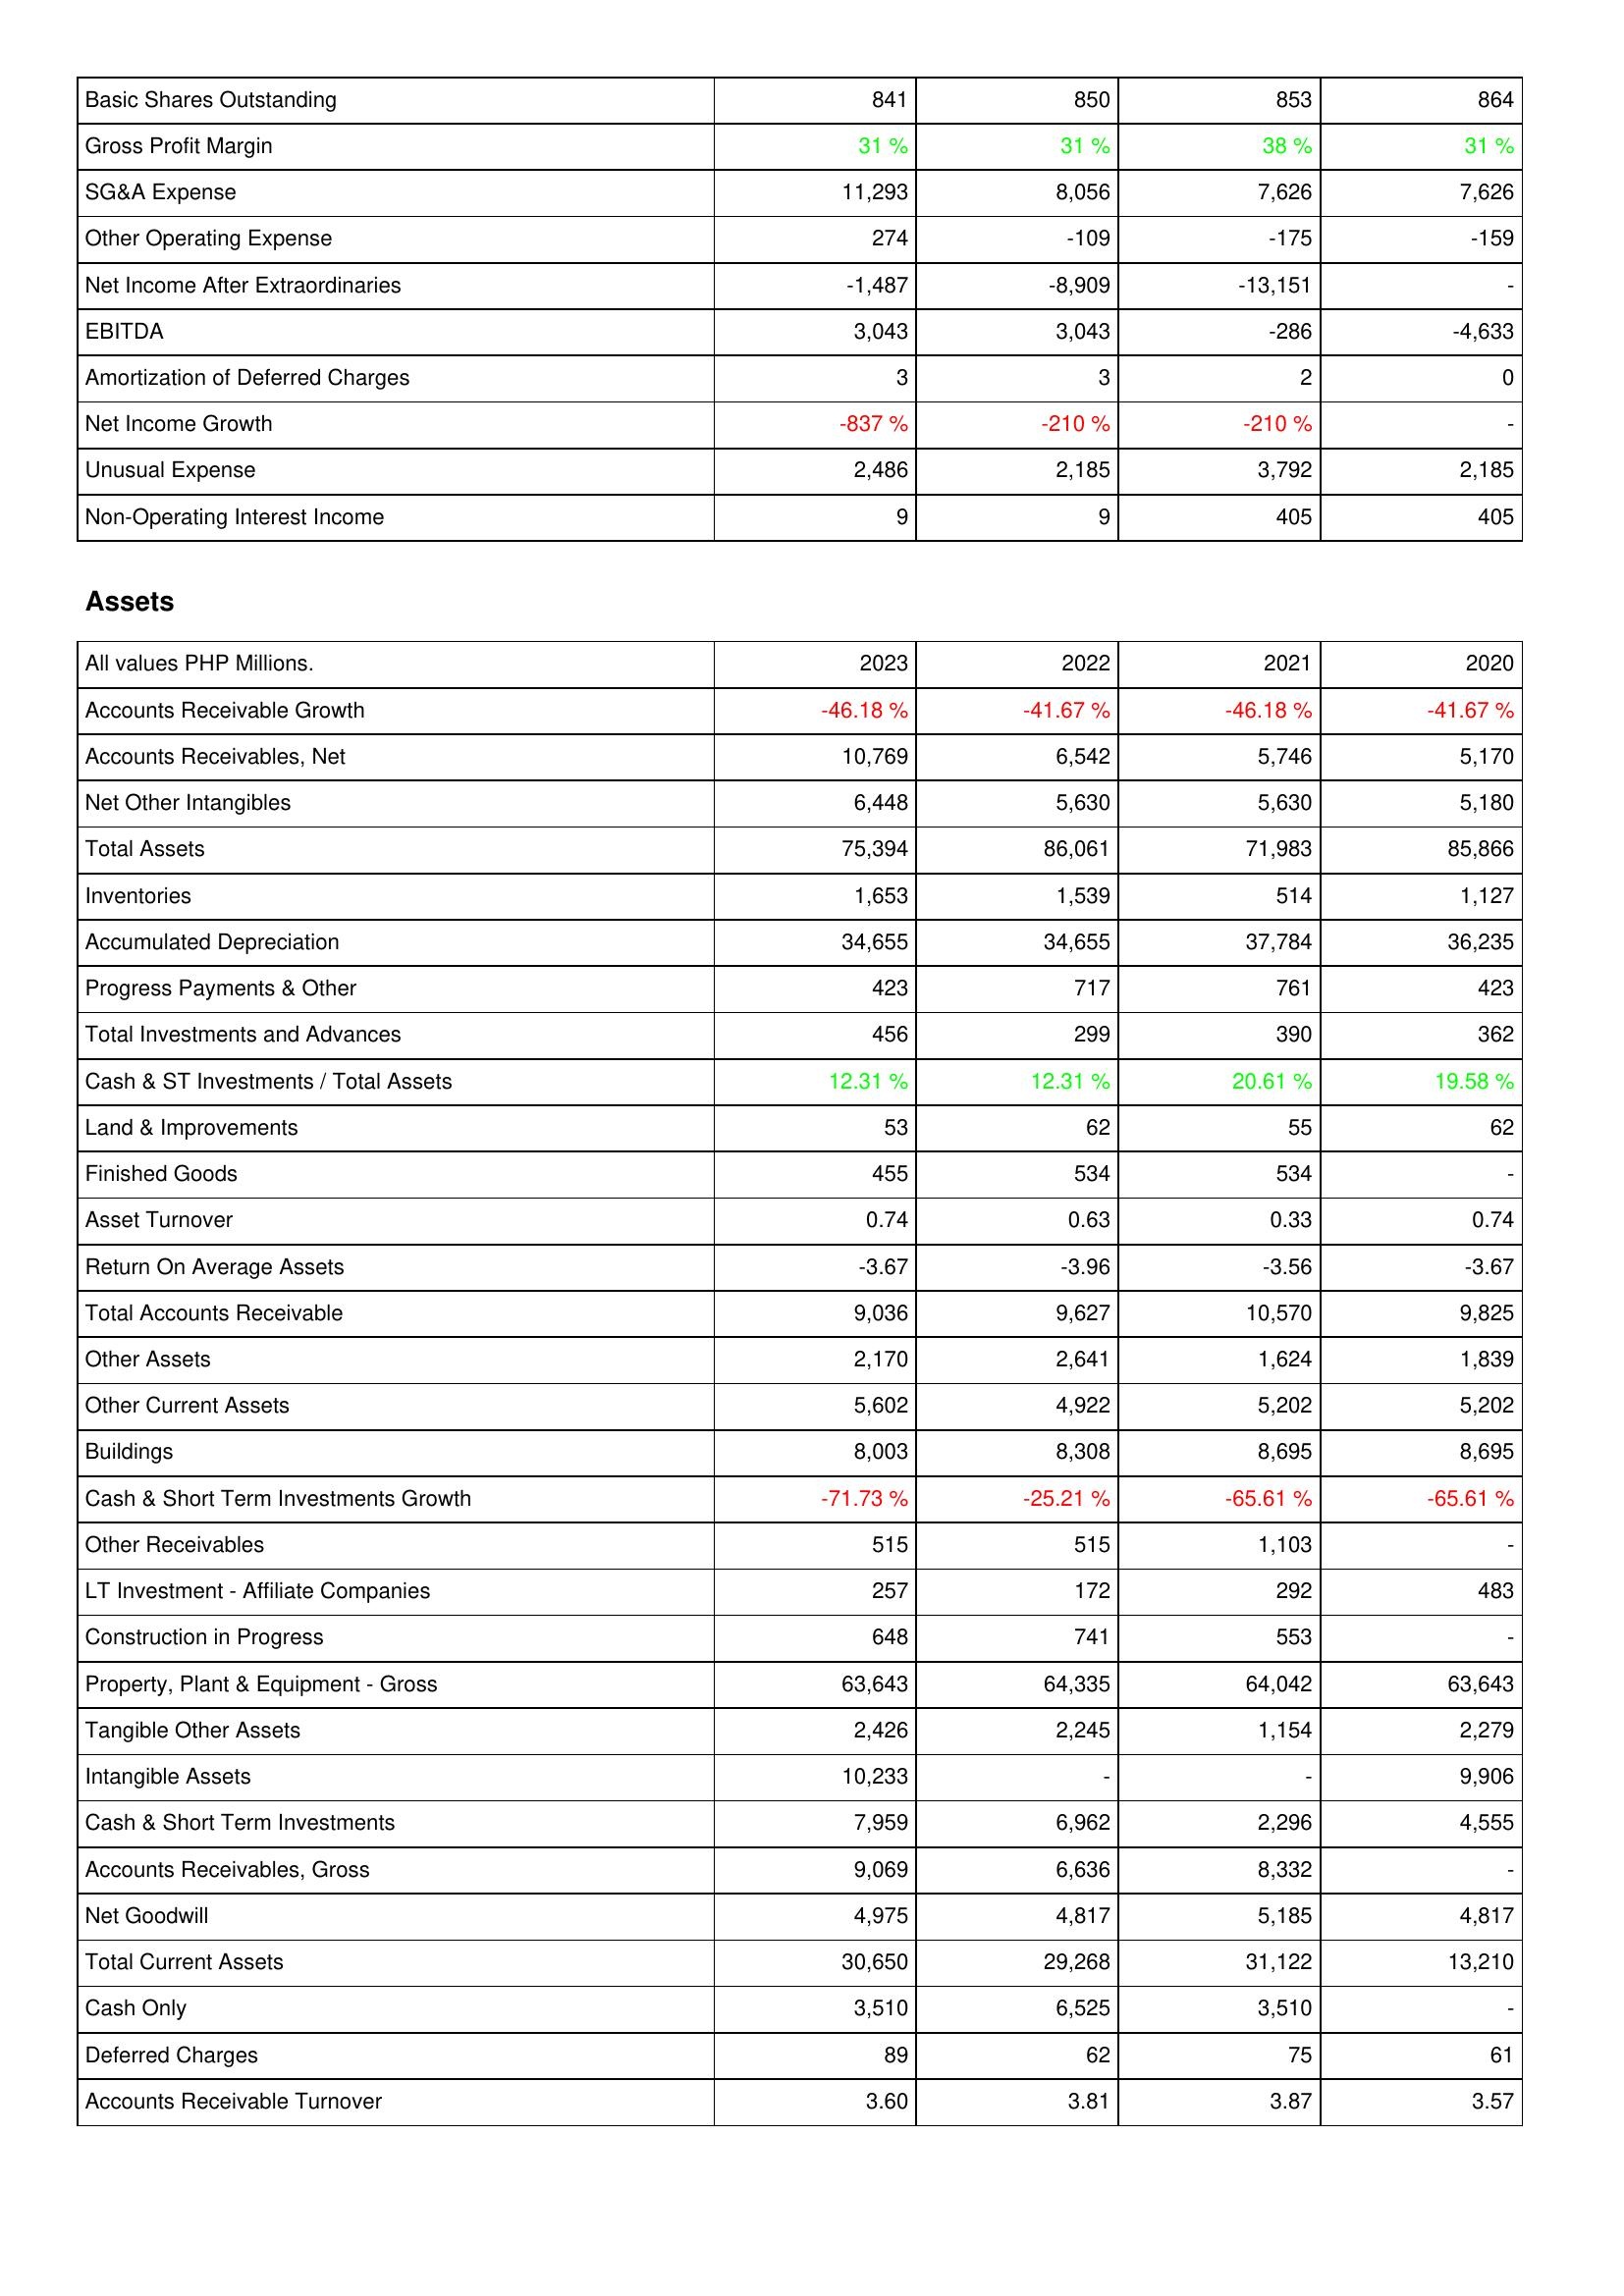
2023: Income Statement: Basic Shares Outstanding: 841
Gross Profit Margin: 31 %
SG&A Expense: 11,293
Other Operating Expense: 274
Net Income After Extraordinaries: -1,487
EBITDA: 3,043
Amortization of Deferred Charges: 3
Net Income Growth: -837 %
Unusual Expense: 2,486
Non-Operating Interest Income: 9
Assets: Accounts Receivable Growth: -46.18 %
Accounts Receivables, Net: 10,769
Net Other Intangibles: 6,448
Total Assets: 75,394
Inventories: 1,653
Accumulated Depreciation: 34,655
Progress Payments & Other: 423
Total Investments and Advances: 456
Cash & ST Investments / Total Assets: 12.31 %
Land & Improvements: 53
Finished Goods: 455
Asset Turnover: 0.74
Return On Average Assets: -3.67
Total Accounts Receivable: 9,036
Other Assets: 2,170
Other Current Assets: 5,602
Buildings: 8,003
Cash & Short Term Investments Growth: -71.73 %
Other Receivables: 515
LT Investment - Affiliate Companies: 257
Construction in Progress: 648
Property, Plant & Equipment - Gross: 63,643
Tangible Other Assets: 2,426
Intangible Assets: 10,233
Cash & Short Term Investments: 7,959
Accounts Receivables, Gross: 9,069
Net Goodwill: 4,975
Total Current Assets: 30,650
Cash Only: 3,510
Deferred Charges: 89
Accounts Receivable Turnover: 3.60
2022: Income Statement: Basic Shares Outstanding: 850
Gross Profit Margin: 31 %
SG&A Expense: 8,056
Other Operating Expense: -109
Net Income After Extraordinaries: -8,909
EBITDA: 3,043
Amortization of Deferred Charges: 3
Net Income Growth: -210 %
Unusual Expense: 2,185
Non-Operating Interest Income: 9
Assets: Accounts Receivable Growth: -41.67 %
Accounts Receivables, Net: 6,542
Net Other Intangibles: 5,630
Total Assets: 86,061
Inventories: 1,539
Accumulated Depreciation: 34,655
Progress Payments & Other: 717
Total Investments and Advances: 299
Cash & ST Investments / Total Assets: 12.31 %
Land & Improvements: 62
Finished Goods: 534
Asset Turnover: 0.63
Return On Average Assets: -3.96
Total Accounts Receivable: 9,627
Other Assets: 2,641
Other Current Assets: 4,922
Buildings: 8,308
Cash & Short Term Investments Growth: -25.21 %
Other Receivables: 515
LT Investment - Affiliate Companies: 172
Construction in Progress: 741
Property, Plant & Equipment - Gross: 64,335
Tangible Other Assets: 2,245
Intangible Assets: -
Cash & Short Term Investments: 6,962
Accounts Receivables, Gross: 6,636
Net Goodwill: 4,817
Total Current Assets: 29,268
Cash Only: 6,525
Deferred Charges: 62
Accounts Receivable Turnover: 3.81
2021: Income Statement: Basic Shares Outstanding: 853
Gross Profit Margin: 38 %
SG&A Expense: 7,626
Other Operating Expense: -175
Net Income After Extraordinaries: -13,151
EBITDA: -286
Amortization of Deferred Charges: 2
Net Income Growth: -210 %
Unusual Expense: 3,792
Non-Operating Interest Income: 405
Assets: Accounts Receivable Growth: -46.18 %
Accounts Receivables, Net: 5,746
Net Other Intangibles: 5,630
Total Assets: 71,983
Inventories: 514
Accumulated Depreciation: 37,784
Progress Payments & Other: 761
Total Investments and Advances: 390
Cash & ST Investments / Total Assets: 20.61 %
Land & Improvements: 55
Finished Goods: 534
Asset Turnover: 0.33
Return On Average Assets: -3.56
Total Accounts Receivable: 10,570
Other Assets: 1,624
Other Current Assets: 5,202
Buildings: 8,695
Cash & Short Term Investments Growth: -65.61 %
Other Receivables: 1,103
LT Investment - Affiliate Companies: 292
Construction in Progress: 553
Property, Plant & Equipment - Gross: 64,042
Tangible Other Assets: 1,154
Intangible Assets: -
Cash & Short Term Investments: 2,296
Accounts Receivables, Gross: 8,332
Net Goodwill: 5,185
Total Current Assets: 31,122
Cash Only: 3,510
Deferred Charges: 75
Accounts Receivable Turnover: 3.87
2020: Income Statement: Basic Shares Outstanding: 864
Gross Profit Margin: 31 %
SG&A Expense: 7,626
Other Operating Expense: -159
Net Income After Extraordinaries: -
EBITDA: -4,633
Amortization of Deferred Charges: 0
Net Income Growth: -
Unusual Expense: 2,185
Non-Operating Interest Income: 405
Assets: Accounts Receivable Growth: -41.67 %
Accounts Receivables, Net: 5,170
Net Other Intangibles: 5,180
Total Assets: 85,866
Inventories: 1,127
Accumulated Depreciation: 36,235
Progress Payments & Other: 423
Total Investments and Advances: 362
Cash & ST Investments / Total Assets: 19.58 %
Land & Improvements: 62
Finished Goods: -
Asset Turnover: 0.74
Return On Average Assets: -3.67
Total Accounts Receivable: 9,825
Other Assets: 1,839
Other Current Assets: 5,202
Buildings: 8,695
Cash & Short Term Investments Growth: -65.61 %
Other Receivables: -
LT Investment - Affiliate Companies: 483
Construction in Progress: -
Property, Plant & Equipment - Gross: 63,643
Tangible Other Assets: 2,279
Intangible Assets: 9,906
Cash & Short Term Investments: 4,555
Accounts Receivables, Gross: -
Net Goodwill: 4,817
Total Current Assets: 13,210
Cash Only: -
Deferred Charges: 61
Accounts Receivable Turnover: 3.57